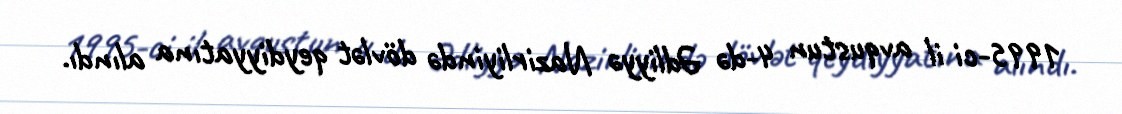
1995-ci il avqustun 4-də Ədliyyə Nazirliyində dövlət qeydiyyatına alındı.